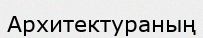
Архитектураның